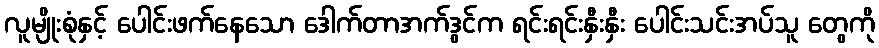
လူမျိုးစုံနှင့် ပေါင်းဖက်နေသော ဒေါက်တာအက်ဒွင်က ရင်းရင်းနှီးနှီး ပေါင်းသင်းအပ်သူ တွေကို